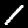
Label: 1